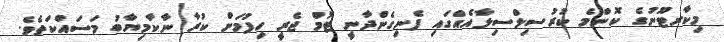
މިކާރޓޫނުގެ ކޮންމެ ކުރުސިލްސިލާއެއްގައި ފެނިގެންދާނީ ޓޮމް ޖެރީ ހިފުމަށް ކުރާ ނާކާމިޔާބު މަސައްކަތެވެ.